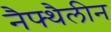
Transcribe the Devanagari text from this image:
नैफ्थैलीन